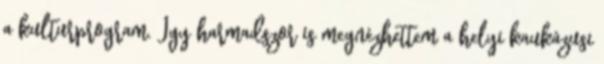
a kulturprogram. Így harmadszor is megnézhettem a helyi kaukázusi